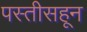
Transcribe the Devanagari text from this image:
पस्‍तीसहून